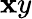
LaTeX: \mathbf{x}y